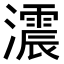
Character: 𤂪